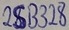
Text: 2SB328